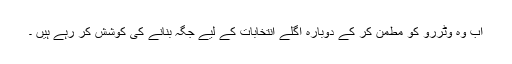
اب وہ وٹررو کو مطمن کر کے دوبارہ اگلے انتخابات کے لیے جگہ بنانے کی کوشش کر رہے ہیں ۔